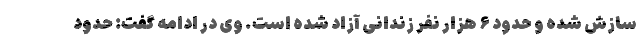
سازش شده و حدود ۶ هزار نفر زندانی آزاد شده است. وی در ادامه گفت: حدود